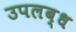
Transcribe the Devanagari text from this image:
उपलब्ध